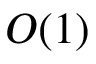
O ( 1 )